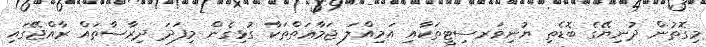
މިގޮތުން ދުނިޔޭގެ ބޮޑެތި ޔުނިވަރސިޓީތަކާއި އަމިއްލަ ޖަމާޢަތްތަކާ ގުޅިގެން މިފަދަ ދިރާސާތައް ރާއްޖޭގައި